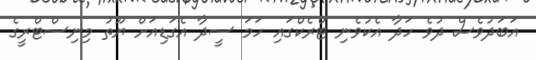
އަބަދުވެސް ދުވެ ހަދާ އެކުވެނި ޓްރެކްގައި ހަމަ ސީދާ އެގަޑިއަށް ޔޫތު މިނިސްޓްރީގެ